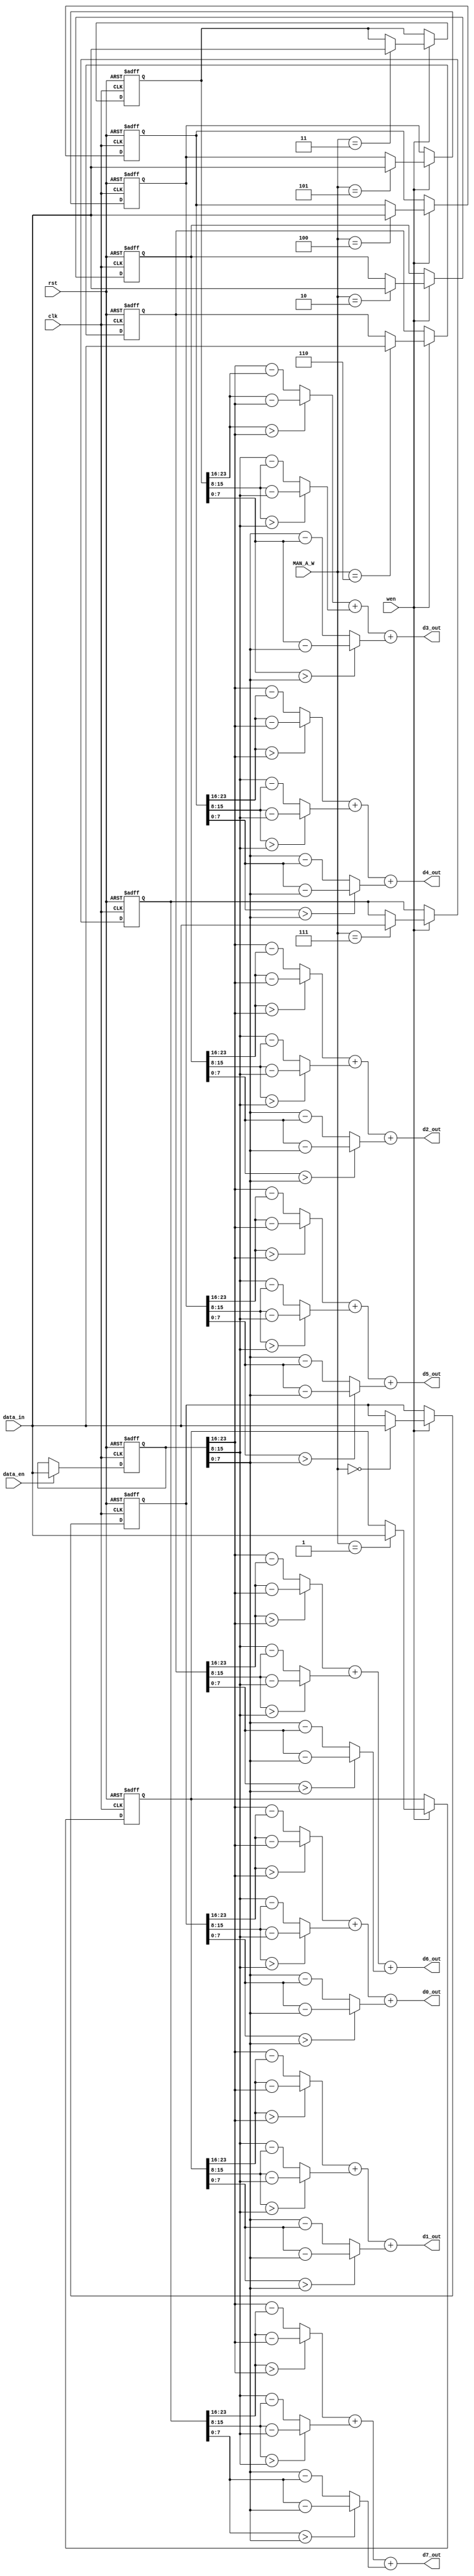
module MAN(
	input clk,
	input rst,
	input data_en,		//state   :data_en=0  :data_en=1
	input [23:0] data_in,			//:c_in(code bookweight) //:if_in(*4096)

	input wen,						// :c_en =1   :0
	input  [2:0] MAN_A_W,			//what address from c_in0~c_in7
	
	
	
	output reg[9:0] d0_out   ,
	output reg[9:0] d1_out   ,
	output reg[9:0] d2_out   ,
	output reg[9:0] d3_out   ,
	output reg[9:0] d4_out   ,
	output reg[9:0] d5_out   ,
	output reg[9:0] d6_out   ,
	output reg[9:0] d7_out		
);


reg [23:0]weight[7:0];		//==input_colat==code book
reg [23:0]input_feature;
reg [7:0] absR [7:0];
reg [7:0] absG [7:0];
reg [7:0] absB [7:0];

// weight
always @(posedge clk or posedge rst) 
begin
if(rst)
begin
	weight[0]<=24'b0;
	weight[1]<=24'b0;
	weight[2]<=24'b0;
	weight[3]<=24'b0;
	weight[4]<=24'b0;
	weight[5]<=24'b0;
	weight[6]<=24'b0;
	weight[7]<=24'b0;	
end
else
begin
	if (wen) 		//latch??
	begin
		case (MAN_A_W)
			3'd0:
			begin
				weight[0]<=data_in;
			end
			3'd1: 
			begin
				weight[1]<=data_in;
			end
			3'd2:
			begin
				weight[2]<=data_in;
			end 
			3'd3:
			begin
				weight[3]<=data_in;
			end 
			3'd4:
			begin
				weight[4]<=data_in;
			end 
			3'd5:
			begin
				weight[5]<=data_in;
			end 
			3'd6:
			begin
				weight[6]<=data_in;
			end 
			3'd7:
			begin
				weight[7]<=data_in;
			end 			 
		endcase	
	end	
end

end

//input_feature
always @(posedge clk or posedge rst) 
begin
	if(rst)
	begin
		input_feature<=24'd0;
	end
	else
	begin
		if (data_en) 		//latch?
		begin
			input_feature<=data_in;	
		end
	end
end

/*
always @(*) 
begin

		if (data_en) 		//latch?
		begin
			input_feature<=data_in;	
		end

end
*/

//abs0~7
always @(*)             //0
begin
    //R
    if(weight[0][23:16]>input_feature[23:16])
    begin
      absR[0]= weight[0][23:16]-input_feature[23:16];
    end
    else
    begin
      absR[0]= input_feature[23:16]-weight[0][23:16];
    end
    //G
    if(weight[0][15:8]>input_feature[15:8])
    begin
      absG[0]= weight[0][15:8]-input_feature[15:8];
    end
    else
    begin
      absG[0]= input_feature[15:8]-weight[0][15:8];
    end
    //B
    if(weight[0][7:0]>input_feature[7:0])
    begin
      absB[0]= weight[0][7:0]-input_feature[7:0];
    end
    else
    begin
       absB[0]= input_feature[7:0]-weight[0][7:0];
    end  
end

always @(*)             //1
begin
    //R
    if(weight[1][23:16]>input_feature[23:16])
    begin
      absR[1]= weight[1][23:16]-input_feature[23:16];
    end
    else
    begin
      absR[1]= input_feature[23:16]-weight[1][23:16];
    end
    //G
    if(weight[1][15:8]>input_feature[15:8])
    begin
      absG[1]= weight[1][15:8]-input_feature[15:8];
    end
    else
    begin
      absG[1]= input_feature[15:8]-weight[1][15:8];
    end
    //B
    if(weight[1][7:0]>input_feature[7:0])
    begin
      absB[1]= weight[1][7:0]-input_feature[7:0];
    end
    else
    begin
       absB[1]= input_feature[7:0]-weight[1][7:0];
    end  
end

always @(*)             //2
begin
    //R
    if(weight[2][23:16]>input_feature[23:16])
    begin
      absR[2]= weight[2][23:16]-input_feature[23:16];
    end
    else
    begin
      absR[2]= input_feature[23:16]-weight[2][23:16];
    end
    //G
    if(weight[2][15:8]>input_feature[15:8])
    begin
      absG[2]= weight[2][15:8]-input_feature[15:8];
    end
    else
    begin
      absG[2]= input_feature[15:8]-weight[2][15:8];
    end
    //B
    if(weight[2][7:0]>input_feature[7:0])
    begin
      absB[2]= weight[2][7:0]-input_feature[7:0];
    end
    else
    begin
       absB[2]= input_feature[7:0]-weight[2][7:0];
    end  
end

always @(*)             //3
begin
    //R
    if(weight[3][23:16]>input_feature[23:16])
    begin
      absR[3]= weight[3][23:16]-input_feature[23:16];
    end
    else
    begin
      absR[3]= input_feature[23:16]-weight[3][23:16];
    end
    //G
    if(weight[3][15:8]>input_feature[15:8])
    begin
      absG[3]= weight[3][15:8]-input_feature[15:8];
    end
    else
    begin
      absG[3]= input_feature[15:8]-weight[3][15:8];
    end
    //B
    if(weight[3][7:0]>input_feature[7:0])
    begin
      absB[3]= weight[3][7:0]-input_feature[7:0];
    end
    else
    begin
       absB[3]= input_feature[7:0]-weight[3][7:0];
    end  
end

always @(*)             //4
begin
    //R
    if(weight[4][23:16]>input_feature[23:16])
    begin
      absR[4]= weight[4][23:16]-input_feature[23:16];
    end
    else
    begin
      absR[4]= input_feature[23:16]-weight[4][23:16];
    end
    //G
    if(weight[4][15:8]>input_feature[15:8])
    begin
      absG[4]= weight[4][15:8]-input_feature[15:8];
    end
    else
    begin
      absG[4]= input_feature[15:8]-weight[4][15:8];
    end
    //B
    if(weight[4][7:0]>input_feature[7:0])
    begin
      absB[4]= weight[4][7:0]-input_feature[7:0];
    end
    else
    begin
       absB[4]= input_feature[7:0]-weight[4][7:0];
    end  
end

always @(*)             //5
begin
    //R
    if(weight[5][23:16]>input_feature[23:16])
    begin
      absR[5]= weight[5][23:16]-input_feature[23:16];
    end
    else
    begin
      absR[5]= input_feature[23:16]-weight[5][23:16];
    end
    //G
    if(weight[5][15:8]>input_feature[15:8])
    begin
      absG[5]= weight[5][15:8]-input_feature[15:8];
    end
    else
    begin
      absG[5]= input_feature[15:8]-weight[5][15:8];
    end
    //B
    if(weight[5][7:0]>input_feature[7:0])
    begin
      absB[5]= weight[5][7:0]-input_feature[7:0];
    end
    else
    begin
       absB[5]= input_feature[7:0]-weight[5][7:0];
    end  
end

always @(*)             //6
begin
    //R
    if(weight[6][23:16]>input_feature[23:16])
    begin
      absR[6]= weight[6][23:16]-input_feature[23:16];
    end
    else
    begin
      absR[6]= input_feature[23:16]-weight[6][23:16];
    end
    //G
    if(weight[6][15:8]>input_feature[15:8])
    begin
      absG[6]= weight[6][15:8]-input_feature[15:8];
    end
    else
    begin
      absG[6]= input_feature[15:8]-weight[6][15:8];
    end
    //B
    if(weight[6][7:0]>input_feature[7:0])
    begin
      absB[6]= weight[6][7:0]-input_feature[7:0];
    end
    else
    begin
       absB[6]= input_feature[7:0]-weight[6][7:0];
    end  
end

always @(*)             //7
begin
    //R
    if(weight[7][23:16]>input_feature[23:16])
    begin
      absR[7]= weight[7][23:16]-input_feature[23:16];
    end
    else
    begin
      absR[7]= input_feature[23:16]-weight[7][23:16];
    end
    //G
    if(weight[7][15:8]>input_feature[15:8])
    begin
      absG[7]= weight[7][15:8]-input_feature[15:8];
    end
    else
    begin
      absG[7]= input_feature[15:8]-weight[7][15:8];
    end
    //B
    if(weight[7][7:0]>input_feature[7:0])
    begin
      absB[7]= weight[7][7:0]-input_feature[7:0];
    end
    else
    begin
       absB[7]= input_feature[7:0]-weight[7][7:0];
    end  
end

always @(*)
begin
	d0_out={{2'b0},absR[0]}+{{2'b0},absG[0]}+{{2'b0},absB[0]};          //????
	d1_out={{2'b0},absR[1]}+{{2'b0},absG[1]}+{{2'b0},absB[1]};          //????
  d2_out={{2'b0},absR[2]}+{{2'b0},absG[2]}+{{2'b0},absB[2]};          //????
	d3_out={{2'b0},absR[3]}+{{2'b0},absG[3]}+{{2'b0},absB[3]};          //????
	d4_out={{2'b0},absR[4]}+{{2'b0},absG[4]}+{{2'b0},absB[4]};          //????
	d5_out={{2'b0},absR[5]}+{{2'b0},absG[5]}+{{2'b0},absB[5]};          //????
	d6_out={{2'b0},absR[6]}+{{2'b0},absG[6]}+{{2'b0},absB[6]};          //????
	d7_out={{2'b0},absR[7]}+{{2'b0},absG[7]}+{{2'b0},absB[7]};          //????
end


endmodule